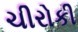
ચીરોકી